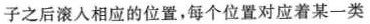
子之后滚入相应的位置，每个位置对应着某一类